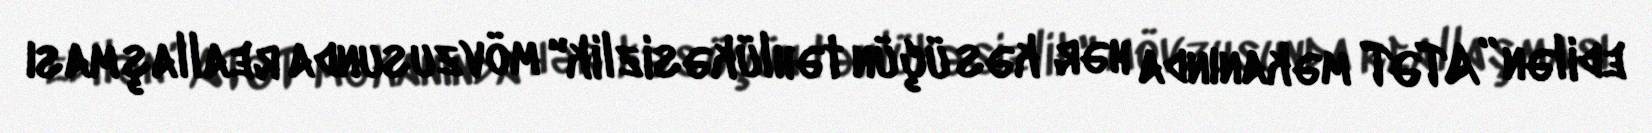
edilən ”ATƏT məkanında hər kəs üçün təhlükəsizlik" mövzusunda reallaşması